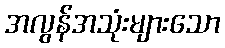
အလွန်အသုံးများသော